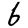
Digit: 6